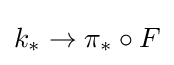
k_{*}\to \pi _{*}\circ F